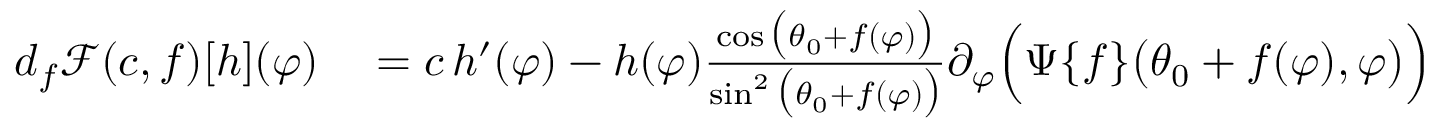
\begin{array} { r l } { d _ { f } \mathscr { F } ( c , f ) [ h ] ( \varphi ) } & { { } = c \, h ^ { \prime } ( \varphi ) - h ( \varphi ) \frac { \cos \big ( \theta _ { 0 } + f ( \varphi ) \big ) } { \sin ^ { 2 } \big ( \theta _ { 0 } + f ( \varphi ) \big ) } \partial _ { \varphi } \Big ( \Psi \{ f \} \big ( \theta _ { 0 } + f ( \varphi ) , \varphi \big ) \Big ) } \end{array}